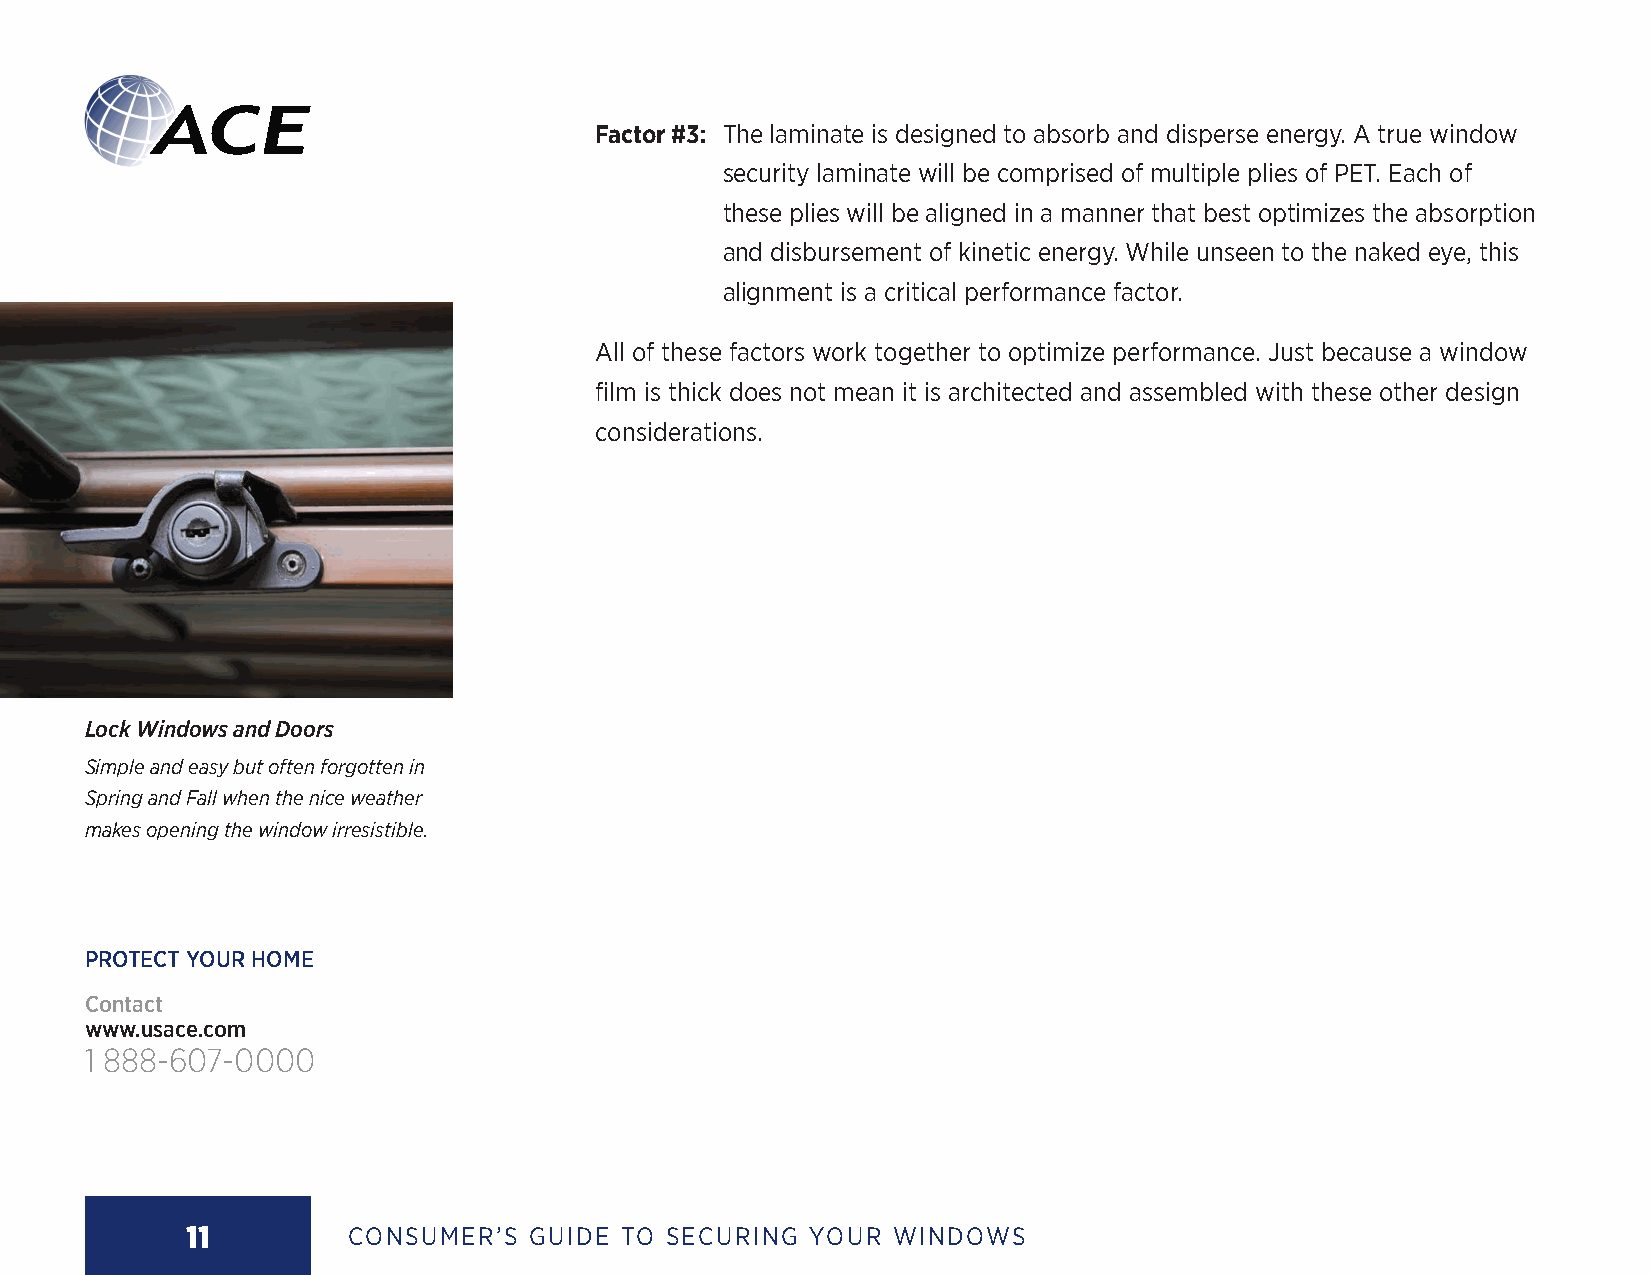
Factor #3: The laminate is designed to absorb and disperse energy. A true window
 security laminate will be comprised of multiple plies of PET. Each of
 these plies will be aligned in a manner that best optimizes the absorption
 and disbursement of kinetic energy. While unseen to the naked eye, this
 alignment is a critical performance factor.
 All of these factors work together to optimize performance. Just because a window
 film is thick does not mean it is architected and assembled with these other design
 considerations.
 Lock Windows and Doors
 Simple and easy but often forgotten in
 Spring and Fall when the nice weather
 makes opening the window irresistible.
 PROTECT YOUR HOME
 Contact
 www.usace.com
 1 888-607-0000
 11         CONSUMER’S  GUIDE TO SECURING YOUR  WINDOWS